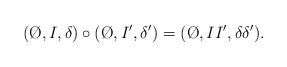
LaTeX: \begin{align*} (\O,I,\delta)\circ(\O,I',\delta') = (\O,II',\delta\delta').\end{align*}